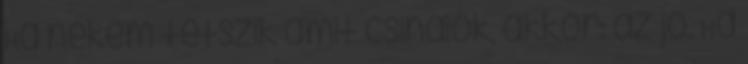
Ha nekem tetszik amit csinálok, akkor: az jó. Ha